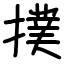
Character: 撲